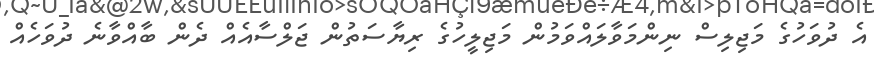
އެ ދުވަހުގެ މަޖިލިސް ނިންމަވާލައްވަމުން މަޖިލީހުގެ ރިޔާސަތުން ޖަލްސާއެއް ދެން ބާއްވާނެ ދުވަހެއް